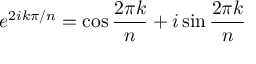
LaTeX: e ^ { 2 i k \pi / n } = \cos { \frac { 2 \pi k } { n } } + i \sin { \frac { 2 \pi k } { n } }